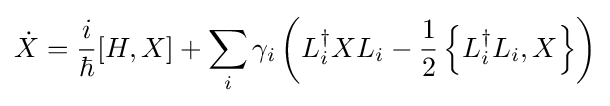
{\dot {X}}={\frac {i}{\hbar }}[H,X]+\sum _{i}\gamma _{i}\left(L_{i}^{\dagger }XL_{i}-{\frac {1}{2}}\left\{L_{i}^{\dagger }L_{i},X\right\}\right)